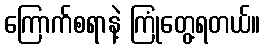
ကြောက်စရာနဲ့ ကြုံတွေ့ရတယ်။